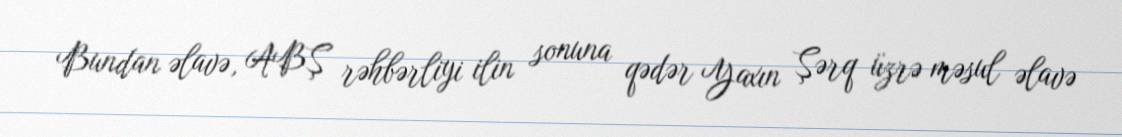
Bundan əlavə, ABŞ rəhbərliyi ilin sonuna qədər Yaxın Şərq üzrə məsul əlavə